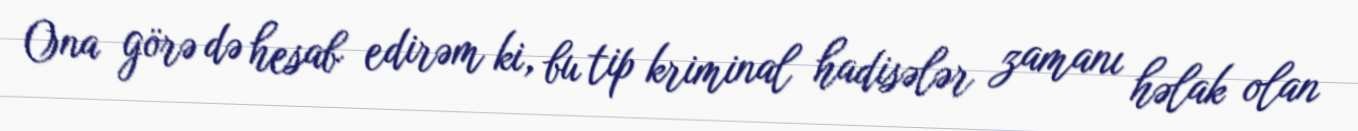
Ona görə də hesab edirəm ki, bu tip kriminal hadisələr zamanı həlak olan